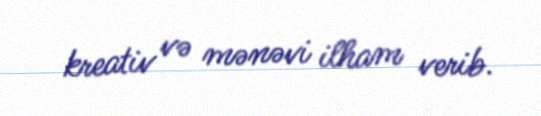
kreativ və mənəvi ilham verib.